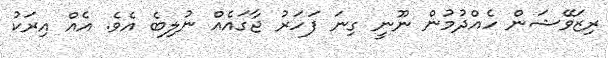
ރިޒަވޭޝަން ހެއްދުމުން ނޫނީ ގިނަ ފަހަރު ޖާގައެއް ނުލިބެ އެވެ. އެއް އިރަކު